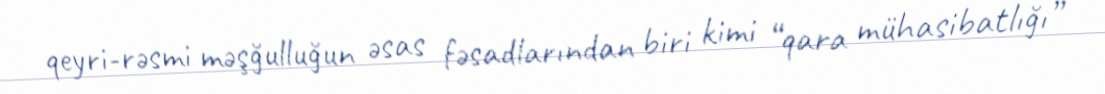
qeyri-rəsmi məşğulluğun əsas fəsadlarından biri kimi “qara mühasibatlığı”